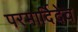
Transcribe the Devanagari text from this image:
परमार्दिदेव